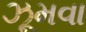
ઝૂમવા